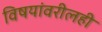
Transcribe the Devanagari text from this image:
विषयांवरीलही